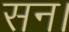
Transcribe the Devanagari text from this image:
सन।